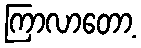
ကြာလာတော့